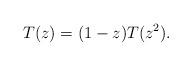
LaTeX: \begin{align*}T(z)=(1-z)T(z^{2}). \end{align*}